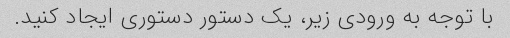
با توجه به ورودی زیر، یک دستور دستوری ایجاد کنید.